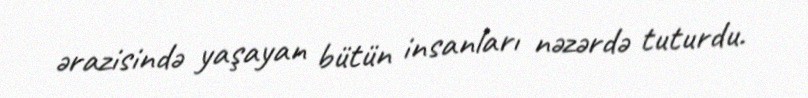
ərazisində yaşayan bütün insanları nəzərdə tuturdu.